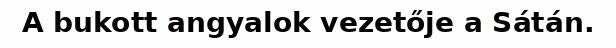
A bukott angyalok vezetője a Sátán.